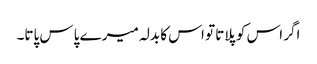
اگر اس کو پلاتا تو اس کا بدلہ میرے پاس پاتا۔